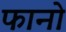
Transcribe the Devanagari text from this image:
फानो